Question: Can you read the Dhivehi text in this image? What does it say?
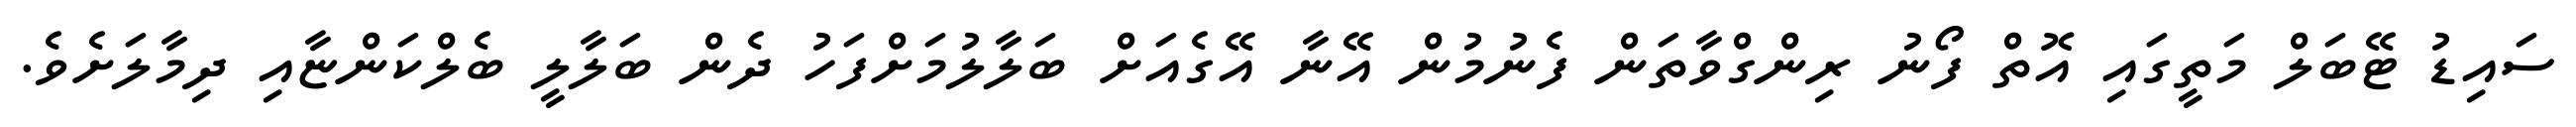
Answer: ސައިޑު ޓޭބަލް މަތީގައި އޮތް ފޯނު ރިންގްވާތަން ފެނުމުން އޭނާ އޭގެއަށް ބަލާލުމަށްފަހު ދެން ބަލާލީ ބެލްކަންޏާއި ދިމާލަށެވެ.